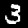
Label: 3